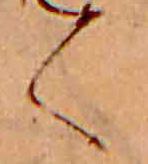
く